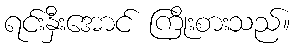
ရင်းနှီးအောင် ကြိုးစားသည်။